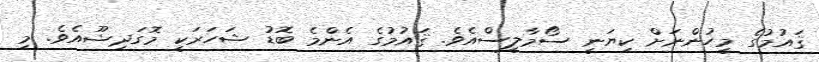
ޤައުމުގެ މީހުންނަށް ކިޔަނީ ސޯމާލީސްއެވެ. ޤައުމުގެ އެންމެ ބޮޑު ޝަހަރަކީ މޮގަދިޝޫއެވެ. މި